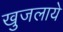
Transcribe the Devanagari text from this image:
खुजलाये